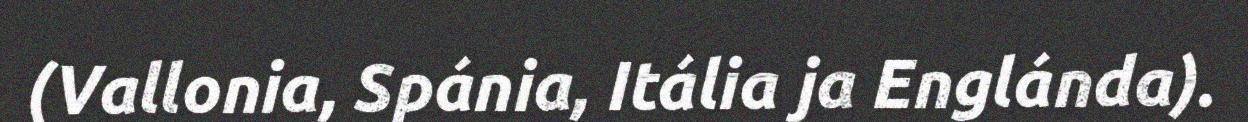
(Vallonia, Spánia, Itália ja Englánda).